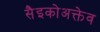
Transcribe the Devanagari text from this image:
सैइकोअक्तेव